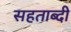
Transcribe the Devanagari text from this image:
सहताब्दी